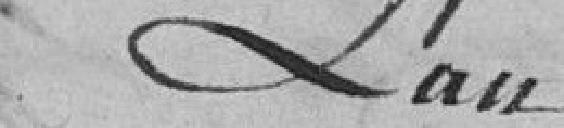
L'an